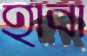
হাবা